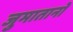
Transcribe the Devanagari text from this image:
जुमातानो